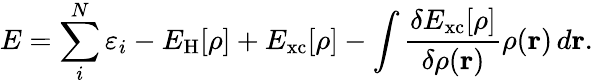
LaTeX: E=\sum_{i}^{N}\varepsilon_{i}-E_{\mathrm{H}}[\rho]+E_{\mathrm{xc}}[\rho]-\int{\frac{\delta E_{\mathrm{xc}}[\rho]}{\delta\rho(\mathbf{r})}}\rho(\mathbf{r})\, d\mathbf{r}.